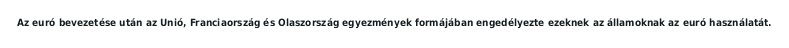
Az euró bevezetése után az Unió, Franciaország és Olaszország egyezmények formájában engedélyezte ezeknek az államoknak az euró használatát.